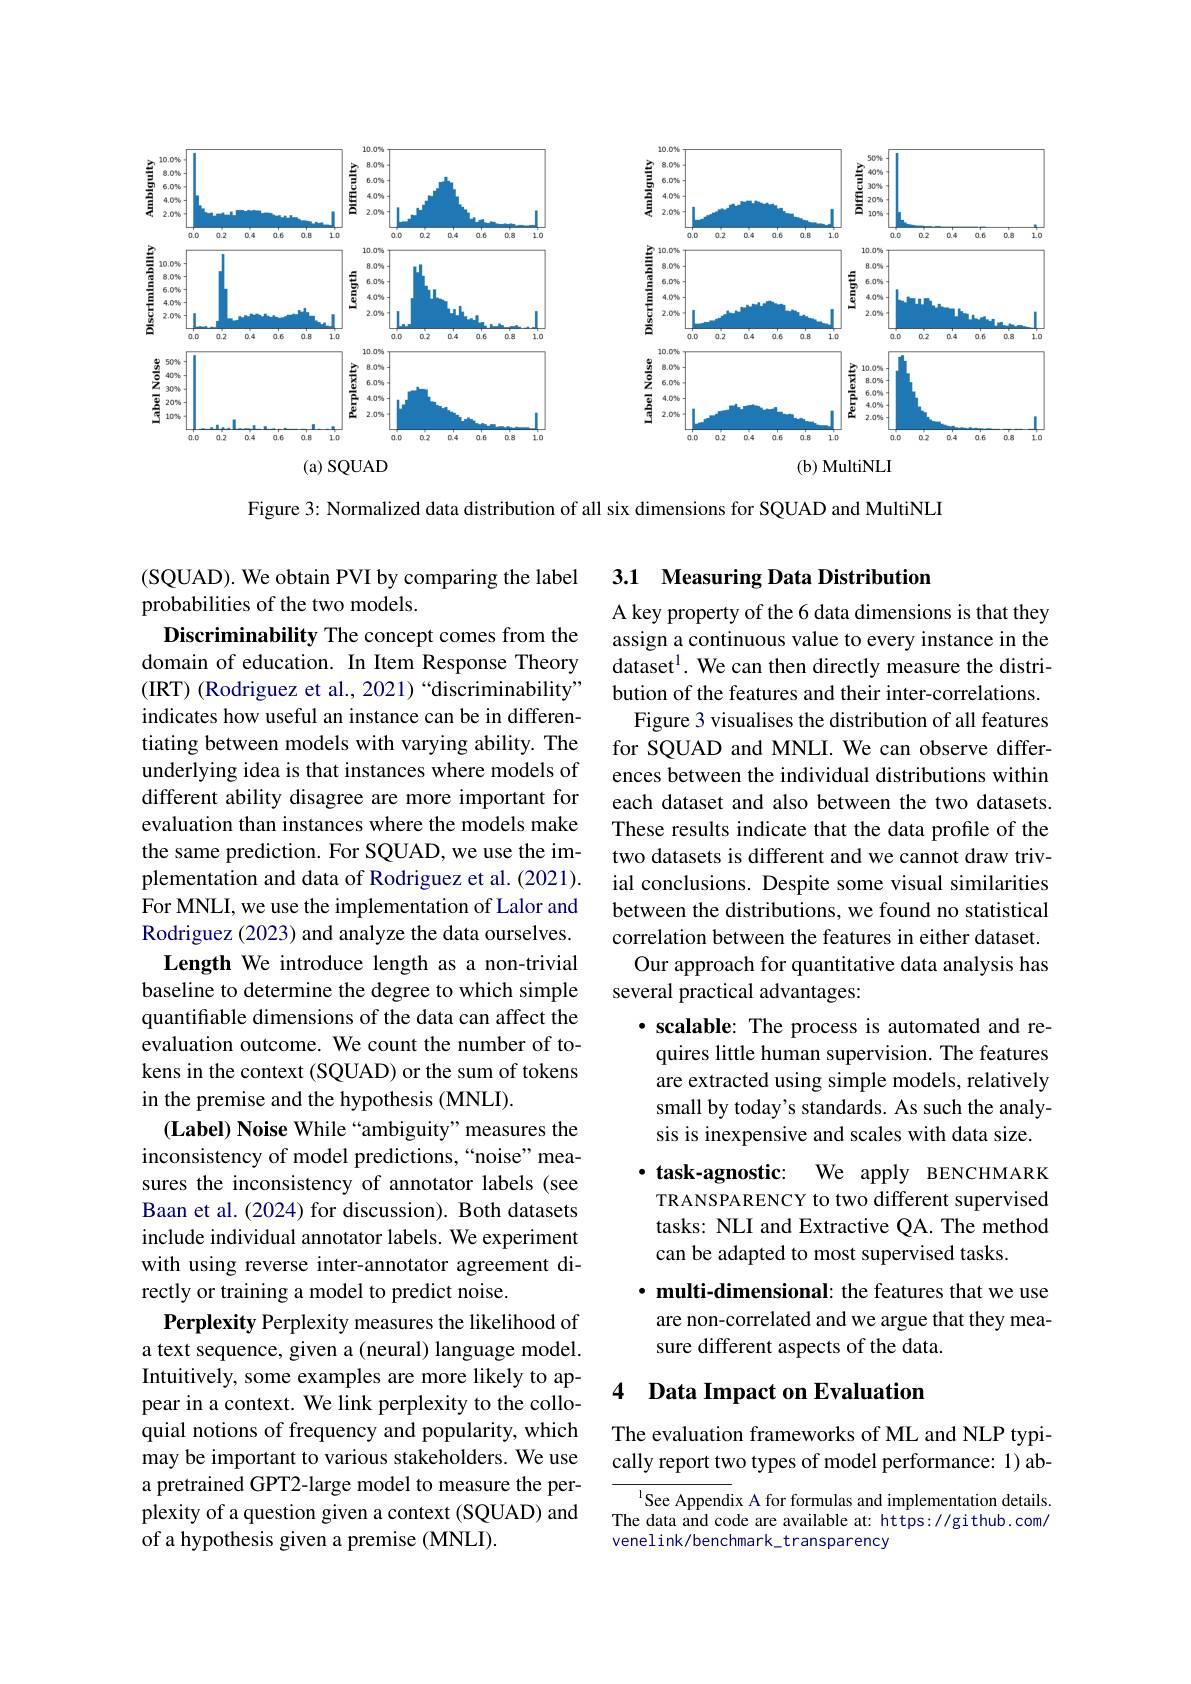
<FigureHere>

Figure 3: Normalized data distribution of all six dimensions for SQUAD and MultiNLI

3.1 Measuring Data Distribution

A key property of the 6 data dimensions is that they assign a continuous value to every instance in the dataset$^1.$ We can then directly measure the distribution of the features and their inter-correlations.
Figure 3 visualises the distribution of all features for SQUAD and MNLI. We can observe differences between the individual distributions within each dataset and also between the two datasets. These results indicate that the data profile of the two datasets is different and we cannot draw trivial conclusions. Despite some visual similarities between the distributions, we found no statistical correlation between the features in either dataset. Our approach for quantitative data analysis has
several practical advantages:
$\cdot \textbf{ scalable: The process is automated and re- }$ quires little human supervision. The features are extracted using simple models, relatively small by today's standards. As such the analysis is inexpensive and scales with data size. $\cdot$ task-agnostic: We apply BENCHMARK TRANSPARENCY to two different supervised tasks: NLI and Extractive QA. The method can be adapted to most supervised tasks.
· multi-dimensional: the features that we use are non-correlated and we argue that they measure different aspects of the data.

(SQUAD). We obtain PVI by comparing the label
probabilities of the two models.
Discriminability The concept comes from the domain of education. In Item Response Theory (IRT) (Rodriguez et al., 2021)“discriminability” indicates how useful an instance can be in differentiating between models with varying ability. The underlying idea is that instances where models of different ability disagree are more important for evaluation than instances where the models make the same prediction. For SQUAD, we use the implementation and data of Rodriguez et al. (2021). For MNLI, we use the implementation of Lalor and Rodriguez (2023) and analyze the data ourselves.
Length We introduce length as a non-trivial baseline to determine the degree to which simple quantifiable dimensions of the data can affect the evaluation outcome. We count the number of tokens in the context (SQUAD) or the sum of tokens in the premise and the hypothesis (MNLI).
$( \textbf{Label) Noise While“ ambiguity” measures the}$ inconsistency of model predictions,“noise”measures the inconsistency of annotator labels (see Baan et al. (2024) for discussion). Both datasets include individual annotator labels. We experiment with using reverse inter-annotator agreement directly or training a model to predict noise.
Perplexity Perplexity measures the likelihood of a text sequence, given a (neural) language model. Intuitively, some examples are more likely to appear in a context. We link perplexity to the colloquial notions of frequency and popularity, which may be important to various stakeholders. We use a pretrained GPT2-large model to measure the perplexity of a question given a context (SQUAD) and of a hypothesis given a premise (MNLI).

## 4 Data Impact on Evaluation

The evaluation frameworks of ML and NLP typically report two types of model performance: 1) ab-

$^{1}$See Appendix A for formulas and implementation details. The data and code are available at: https://github.com/ venelink/benchmark_transparency